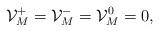
LaTeX: \begin{align*}\mathcal{V}_M^+ = \mathcal{V}_M^{-} = \mathcal{V}_M^0 = 0,\end{align*}